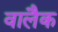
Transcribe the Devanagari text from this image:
वालैक